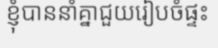
ខ្ញុំបាននាំគ្នាជួយរៀបចំផ្ទះ